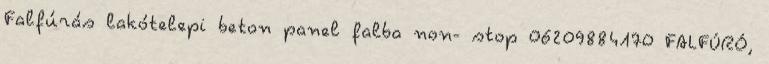
Falfúrás lakótelepi beton panel falba non- stop 06209884170 FALFÚRÓ,